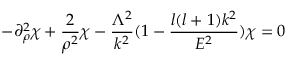
- \partial _ { \rho } ^ { 2 } \chi + \frac { 2 } { \rho ^ { 2 } } \chi - \frac { \Lambda ^ { 2 } } { k ^ { 2 } } ( 1 - \frac { l ( l + 1 ) k ^ { 2 } } { E ^ { 2 } } ) \chi = 0